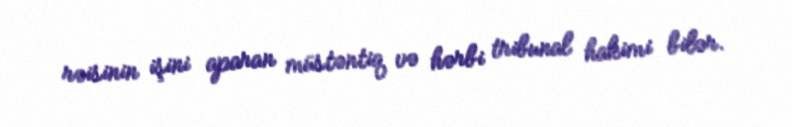
rəisinin işini aparan müstəntiq və hərbi tribunal hakimi bilər.